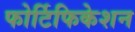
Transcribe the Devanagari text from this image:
फोर्टिफिकेशन